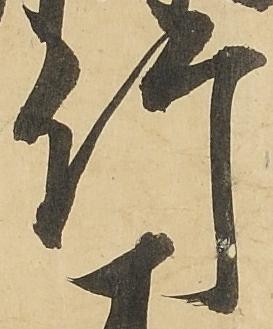
竹